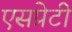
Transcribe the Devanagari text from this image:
एसप्रेटी